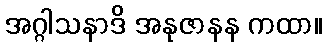
အဂ္ဂါသနာဒိ အနုဇာနန ကထာ။